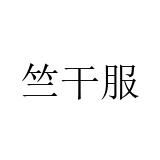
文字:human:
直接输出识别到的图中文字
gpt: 竺干服